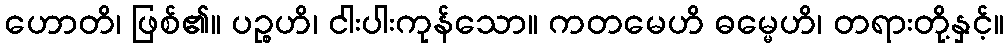
ဟောတိ၊ ဖြစ်၏။ ပဉ္စဟိ၊ ငါးပါးကုန်သော။ ကတမေဟိ ဓမ္မေဟိ၊ တရားတို့နှင့်။